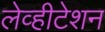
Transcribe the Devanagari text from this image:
लेव्हीटेशन